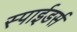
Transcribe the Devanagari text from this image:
स्पाईडर्स